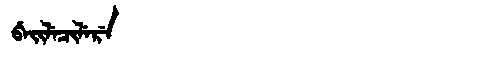
Manchu: ᠪᡝᡳᠯᡝᠴᡳᠯᡝᡵᡝ
Romanization: BEILECILERE